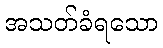
အသတ်ခံရသော